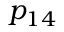
p _ { 1 4 }